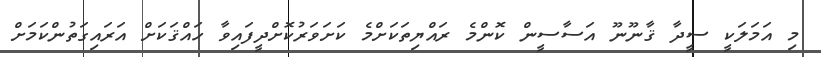
މި އަމަލަކީ ސީދާ ޤާނޫނޫ އަސާސީން ކޮންމެ ރައްޔިތަކަށްމެ ކަށަވަރުކޮށްދީފައިވާ ހައްްޤަކަށް އަރައިގަތުންކަމަށް